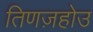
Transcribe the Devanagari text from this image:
तिणज़होउ